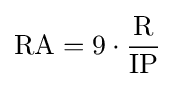
\mathrm {RA} =9\cdot {\frac {\mathrm {R} }{\mathrm {IP} }}